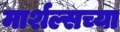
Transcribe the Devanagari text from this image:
मार्शल्सच्या